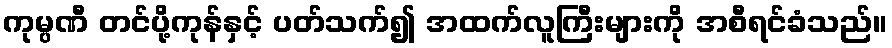
ကုမ္ပဏီ တင်ပို့ကုန်နှင့် ပတ်သက်၍ အထက်လူကြီးများကို အစီရင်ခံသည်။